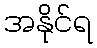
အနိုင်ရ